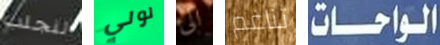
لنجلب لولي الى تناغم الواحات